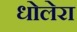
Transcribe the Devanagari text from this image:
धोलेरा